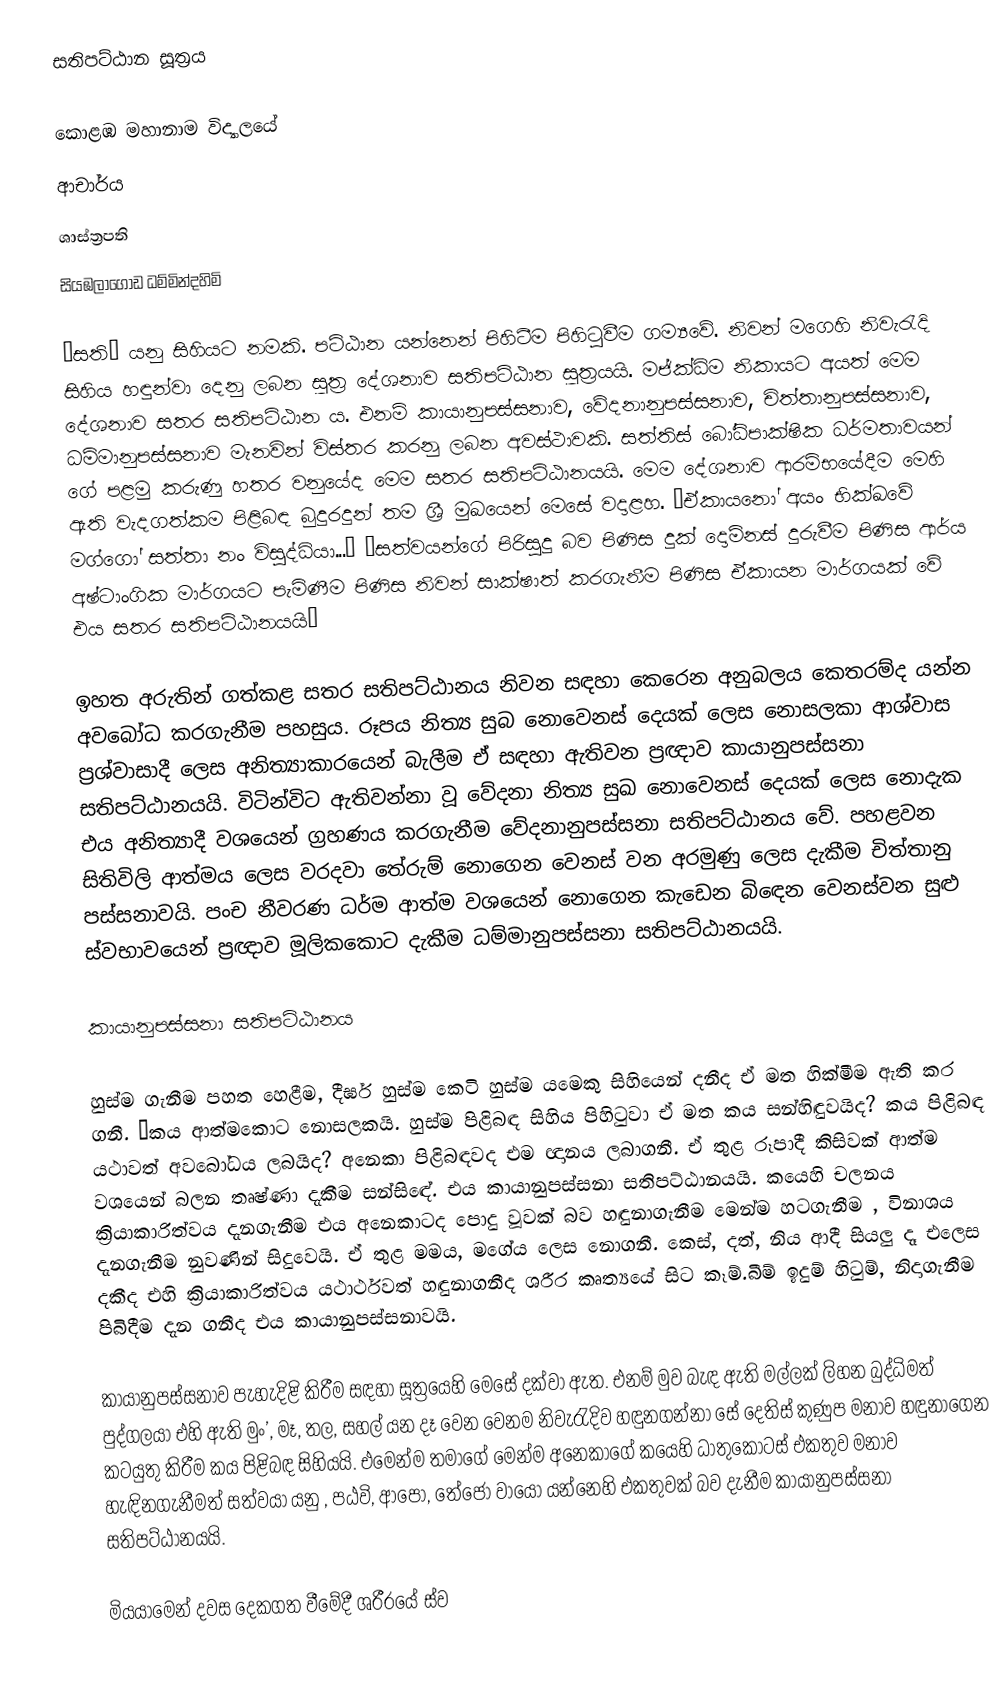
සතිපට්ඨාන සූත්‍රය

කොළඹ මහානාම විද්‍යාලයේ
ආචාර්ය
ශාස්ත්‍රපති
සියඹලාගොඩ ධම්මින්දහිමි

“සති” යනු සිහියට නමකි. පට්ඨාන යන්නෙන් පිහිටීම පිහිටුවීම ගම්‍යවේ. නිවන් මගෙහි නිවැරැදි සිහිය හඳුන්වා දෙනු ලබන සූත්‍ර දේශනාව සතිපට්ඨාන සූත්‍රයයි. මජ්ක්‍ධිම නිකායට අයත් මෙම දේශනාව සතර සතිපට්ඨාන ය. එනම් කායානුපස්සනාව, වේදනානුපස්සනාව, චිත්තානුපස්සනාව, ධම්මානුපස්සනාව මැනවින් විස්තර කරනු ලබන අවස්ථාවකි. සත්තිස් බෝධිපාක්ෂික ධර්මතාවයන් ගේ පළමු කරුණු හතර වනුයේද මෙම සතර සතිපට්ඨානයයි. මෙම දේශනාව ආරම්භයේදීම මෙහි ඇති වැදගත්කම පිළිබඳ බුදුරදුන් තම ශ්‍රී මුඛයෙන් මෙසේ වදාළහ. “ඒකායනෝ අයං භික්ඛවේ මග්ගෝ සත්තා නං විසුද්ධියා...” “සත්වයන්ගේ පිරිසුදු බව පිණිස දුක් දොම්නස් දුරුවීම පිණිස ආර්ය අෂ්ටාංගික මාර්ගයට පැමිණීම පිණිස නිවන් සාක්ෂාත් කරගැනීම පිණිස ඒකායන මාර්ගයක් වේ එය සතර සතිපට්ඨානයයි”

ඉහත අරුතින් ගත්කළ සතර සතිපට්ඨානය නිවන සඳහා කෙරෙන අනුබලය කෙතරම්ද යන්න අවබෝධ කරගැනීම පහසුය. රූපය නිත්‍ය සුබ නොවෙනස් දෙයක් ලෙස නොසලකා ආශ්වාස ප්‍රශ්වාසාදී ලෙස අනිත්‍යාකාරයෙන් බැලීම ඒ සඳහා ඇතිවන ප්‍රඥාව කායානුපස්සනා සතිපට්ඨානයයි. විටින්විට ඇතිවන්නා වූ වේදනා නිත්‍ය සුඛ නොවෙනස් දෙයක් ලෙස නොදැක එය අනිත්‍යාදී වශයෙන් ග්‍රහණය කරගැනීම වේදනානුපස්සනා සතිපට්ඨානය වේ. පහළවන සිතිවිලි ආත්මය ලෙස වරදවා තේරුම් නොගෙන වෙනස් වන අරමුණු ලෙස දැකීම චිත්තානු පස්සනාවයි. පංච නීවරණ ධර්ම ආත්ම වශයෙන් නොගෙන කැඩෙන බිඳෙන වෙනස්වන සුළු ස්වභාවයෙන් ප්‍රඥාව මූලිකකොට දැකීම ධම්මානුපස්සනා සතිපට්ඨානයයි.

කායානුපස්සනා සතිපට්ඨානය

හුස්ම ගැනීම පහත හෙළීම, දීර්ඝ හුස්ම කෙටි හුස්ම යමෙකු සිහියෙන් දනීද ඒ මත හික්මීම ඇති කර ගනී. “කය ආත්මකොට නොසලකයි. හුස්ම පිළිබඳ සිහිය පිහිටුවා ඒ මත කය සන්හිඳුවයිද? කය පිළිබඳ යථාවත් අවබෝධය ලබයිද? අනෙකා පිළිබඳවද එම ඥානය ලබාගනී. ඒ තුළ රූපාදී කිසිවක් ආත්ම වශයෙන් බලන තෘෂ්ණා දැකීම සන්සිඳේ. එය කායානුපස්සනා සතිපට්ඨානයයි. කයෙහි චලනය ක්‍රියාකාරිත්වය දැනගැනීම එය අනෙකාටද පොදු වූවක් බව හඳුනාගැනීම මෙන්ම හටගැනීම , විනාශය දැනගැනීම නුවණින් සිදුවෙයි. ඒ තුළ මමය, මගේය ලෙස නොගනී. කෙස්, දත්, නිය ආදී සියලු දෑ එලෙස දකීද එහි ක්‍රියාකාරිත්වය යථාර්ථවත් හඳුනාගනීද ශරීර කෘත්‍යයේ සිට කෑම්.බීම් ඉදුම් හිටුම්, නිදාගැනීම පිබිදීම දැන ගනීද එය කායානුපස්සනාවයි.

කායානුපස්සනාව පැහැදිළි කිරීම සඳහා සූත්‍රයෙහි මෙසේ දක්වා ඇත. එනම් මුව බැඳ ඇති මල්ලක් ලිහන බුද්ධිමත් පුද්ගලයා එහි ඇති මුං’, මෑ, තල, සහල් යන දෑ වෙන වෙනම නිවැරැදිව හඳුනගන්නා සේ දෙතිස් කුණුප මනාව හඳුනාගෙන කටයුතු කිරීම කය පිළිබඳ සිහියයි. එමෙන්ම තමාගේ මෙන්ම අනෙකාගේ කයෙහි ධාතුකොටස් එකතුව මනාව හැඳිනගැනීමත් සත්වයා යනු , පඨවි, ආපෝ, තේජෝ වායෝ යන්නෙහි එකතුවක් බව දැනීම කායානුපස්සනා සතිපට්ඨානයයි.

මියයාමෙන් දවස දෙකගත වීමේදී ශරීරයේ ස්ව